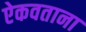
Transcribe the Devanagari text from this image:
ऐकवताना